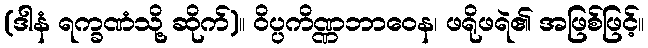
(ဒါနံ ရက္ခဏံသို့ ဆိုက်)။ ဝိပ္ပကိဏ္ဏဘာဝေန၊ ဖရိုဖရဲ၏ အဖြစ်ဖြင့်။